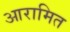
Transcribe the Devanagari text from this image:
आरामित